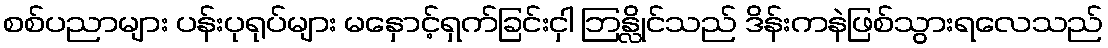
စစ်ပညာများ ပန်းပုရုပ်များ မနှောင့်ရှက်ခြင်းငှါ ဘြန္လိုင်သည် ဒိန်းကနဲဖြစ်သွားရလေသည်